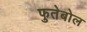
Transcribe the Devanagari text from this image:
फुतेबोल